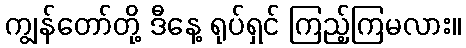
ကျွန်တော်တို့ ဒီနေ့ ရုပ်ရှင် ကြည့်ကြမလား။